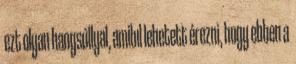
ezt olyan hangsúllyal, amibıl lehetett érezni, hogy ebben a